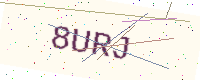
Text: 8URJ